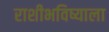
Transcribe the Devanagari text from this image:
राशीभविष्याला